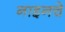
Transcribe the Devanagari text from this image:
नाइनचे